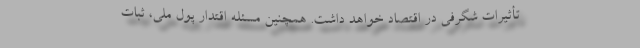
تأثیرات شگرفی در اقتصاد خواهد داشت. همچنین مسئله اقتدار پول ملی، ثبات